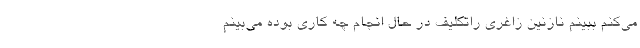
می‌کنم ببینم نازنین زاغری راتکلیف در حال انجام چه کاری بوده می‌بینم